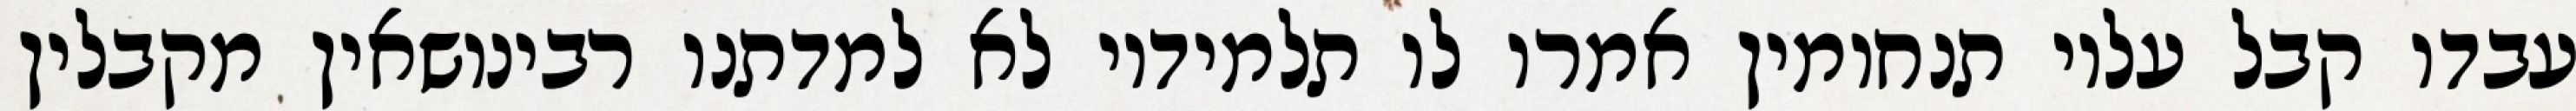
עבדו קבל עליו תנחומין אמרו לו תלמידיו לא למדתנו רבינושאין מקבלין